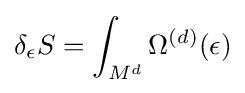
\delta _{\epsilon }S=\int _{M^{d}}\Omega ^{(d)}(\epsilon )